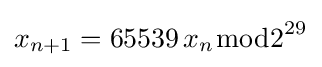
x_{n+1}=65539\,x_{n}{\bmod {2}}^{29}